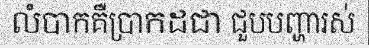
លំបាកគឺប្រាកដជា ជួបបញ្ហារស់